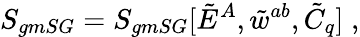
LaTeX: S_{gmSG}=S_{gmSG}[\tilde{E}^{A},\tilde{w}^{ab},\tilde{C}_{q}]\; ,